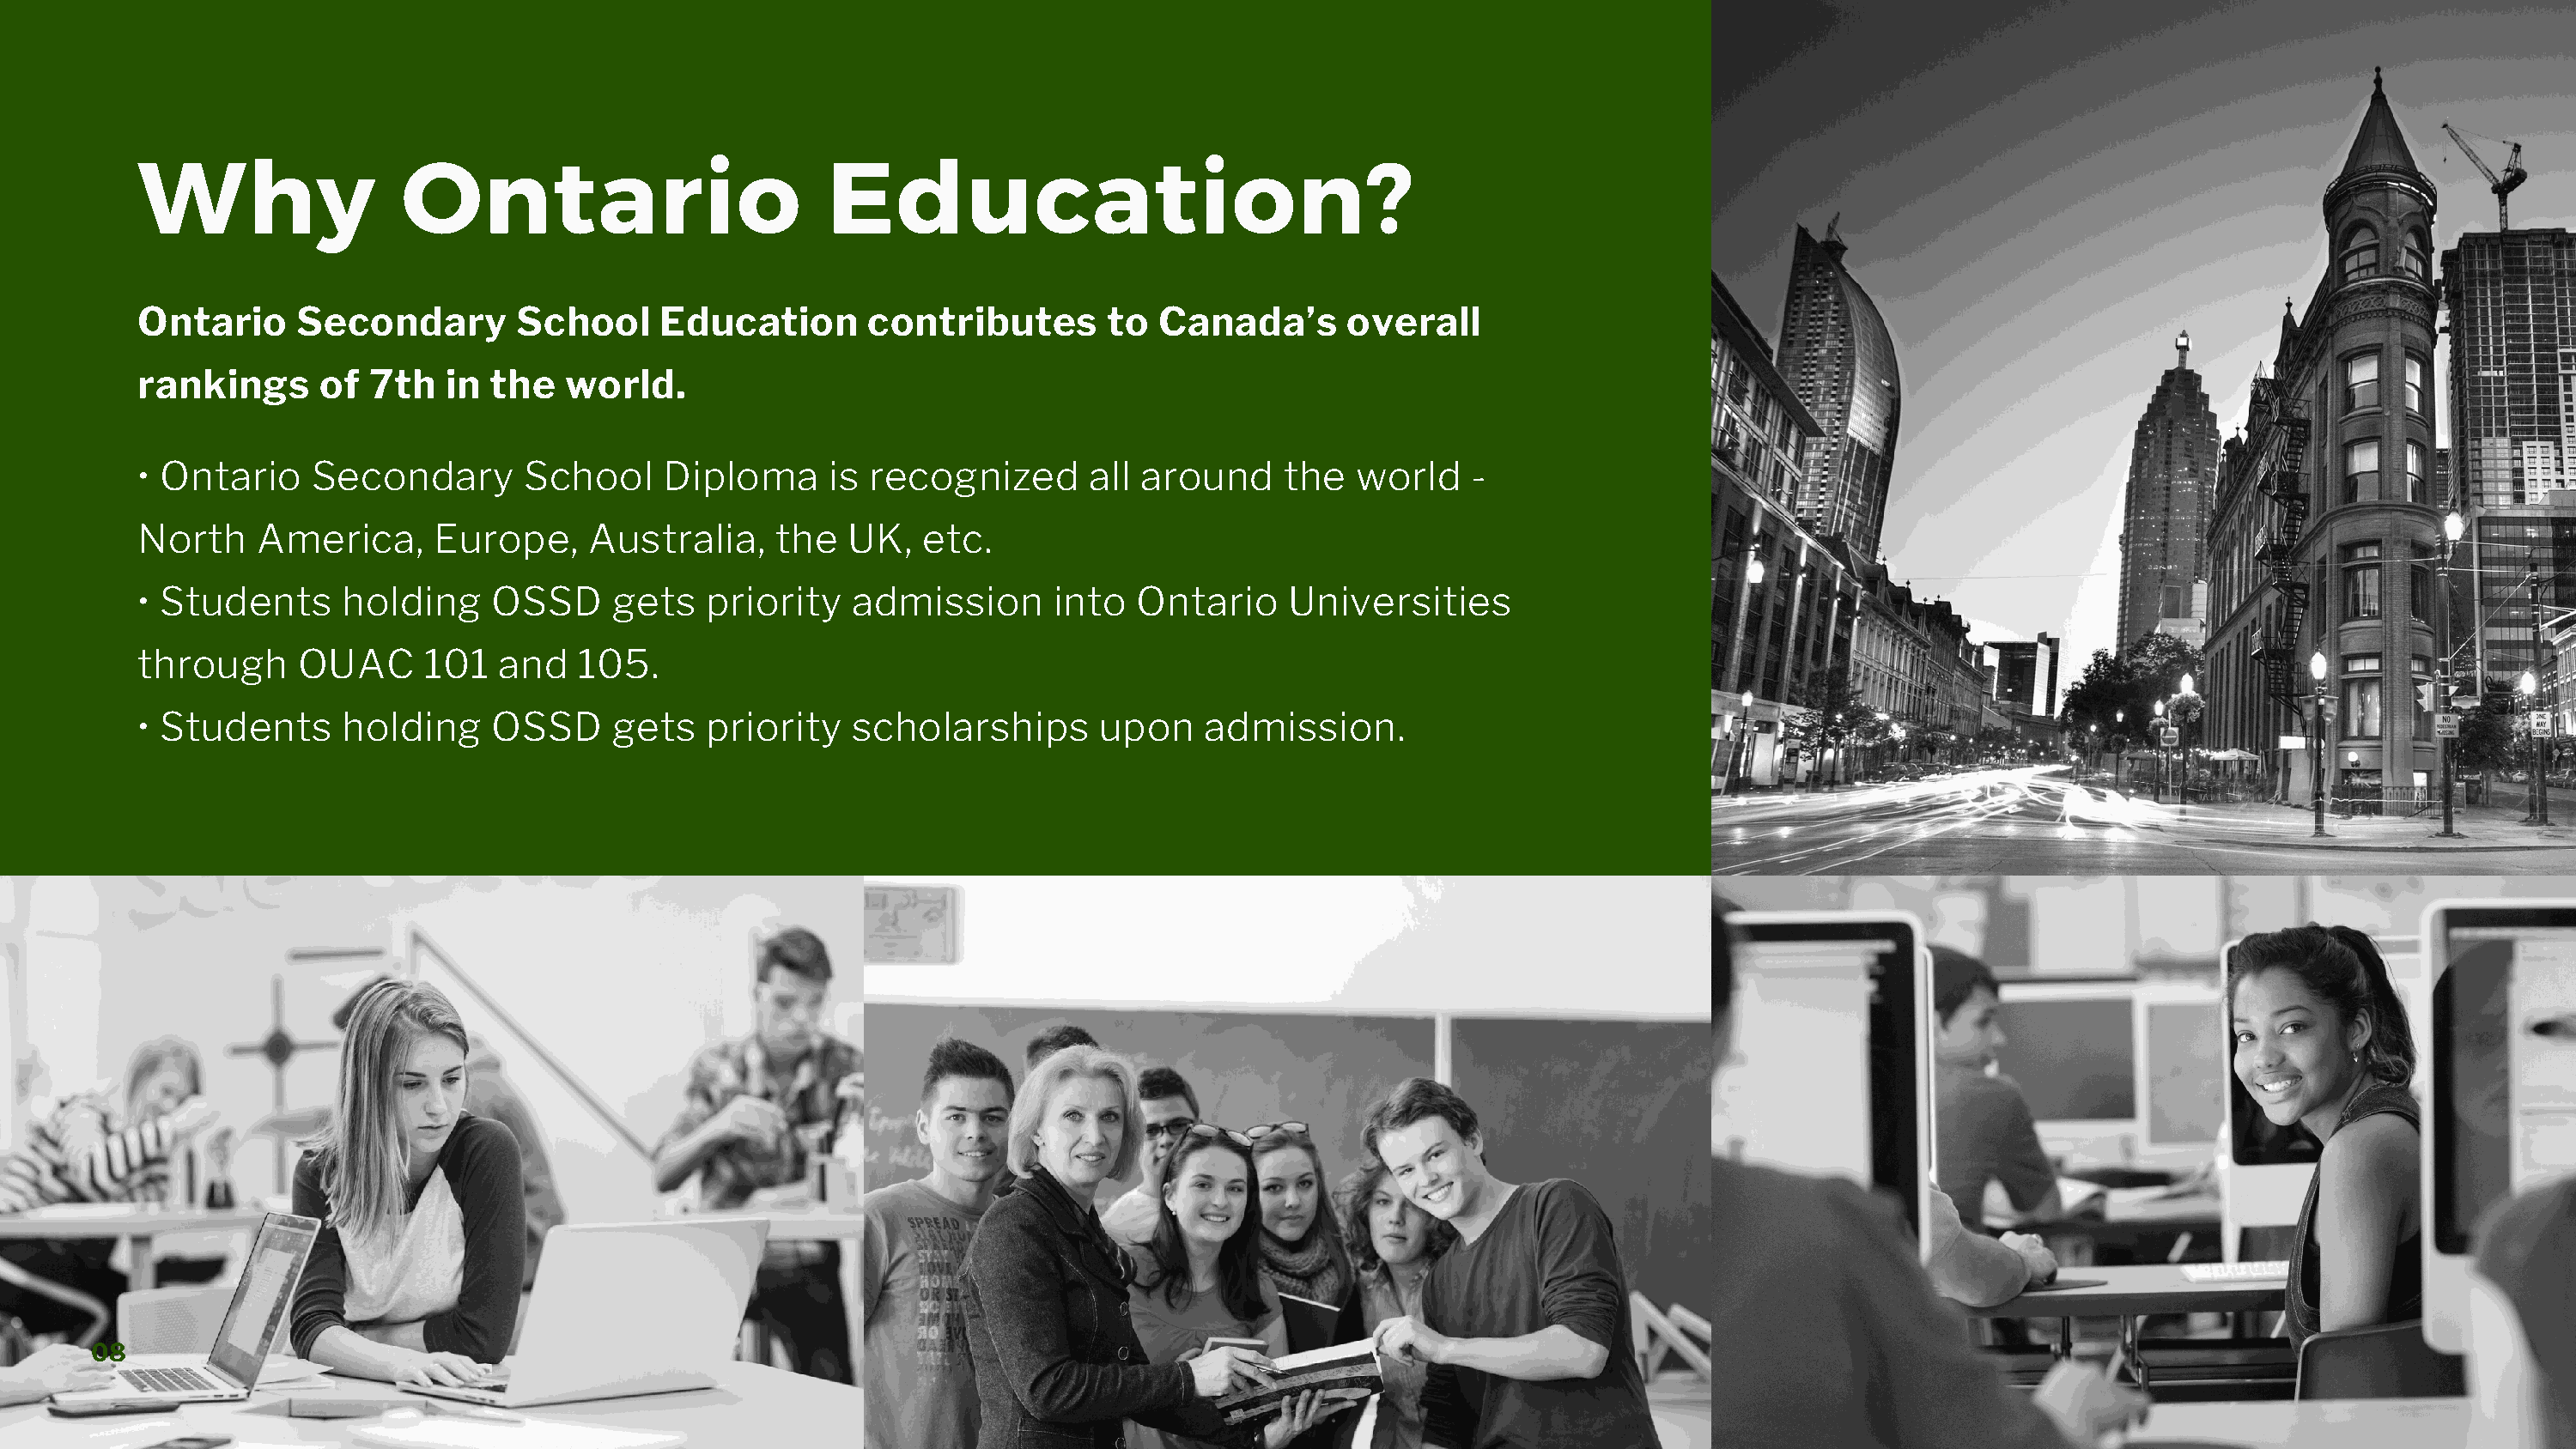
Why                 Ontario                          Education?
 Ontario     Secondary        School     Education       contributes       to  Canada’s       overall
 rankings      of 7th   in  the   world.
 • Ontario    Secondary       School     Diploma      is recognized       all around     the   world   -
 North    America,     Europe,     Australia,     the  UK,   etc.
 • Students     holding     OSSD     gets   priority    admission      into   Ontario    Universities
 through     OUAC      101  and    105.
 • Students     holding     OSSD     gets   priority    scholarships       upon    admission.
 08